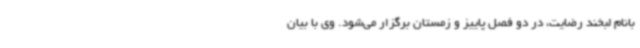
بانام لبخند رضایت، در دو فصل پاییز و زمستان برگزار می‌شود. وی با بیان